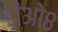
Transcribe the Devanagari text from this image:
डीओ८